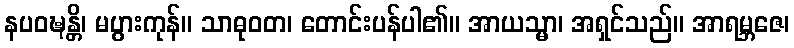
နပဝဍ္ဎန္တိ၊ မပွားကုန်။ သာဓုဝတ၊ တောင်းပန်ပါ၏။ အာယသ္မာ၊ အရှင်သည်။ အာရမ္ဘဇေ၊